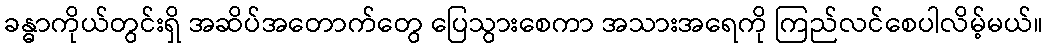
ခန္ဓာကိုယ်တွင်းရှိ အဆိပ်အတောက်တွေ ပြေသွားစေကာ အသားအရေကို ကြည်လင်စေပါလိမ့်မယ်။